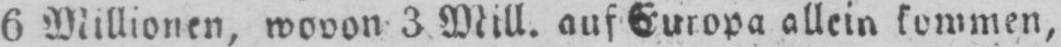
6 Millionen, wovon 3 Mill. auf Europa allein kommen,